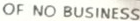
OF NO BUSINESS